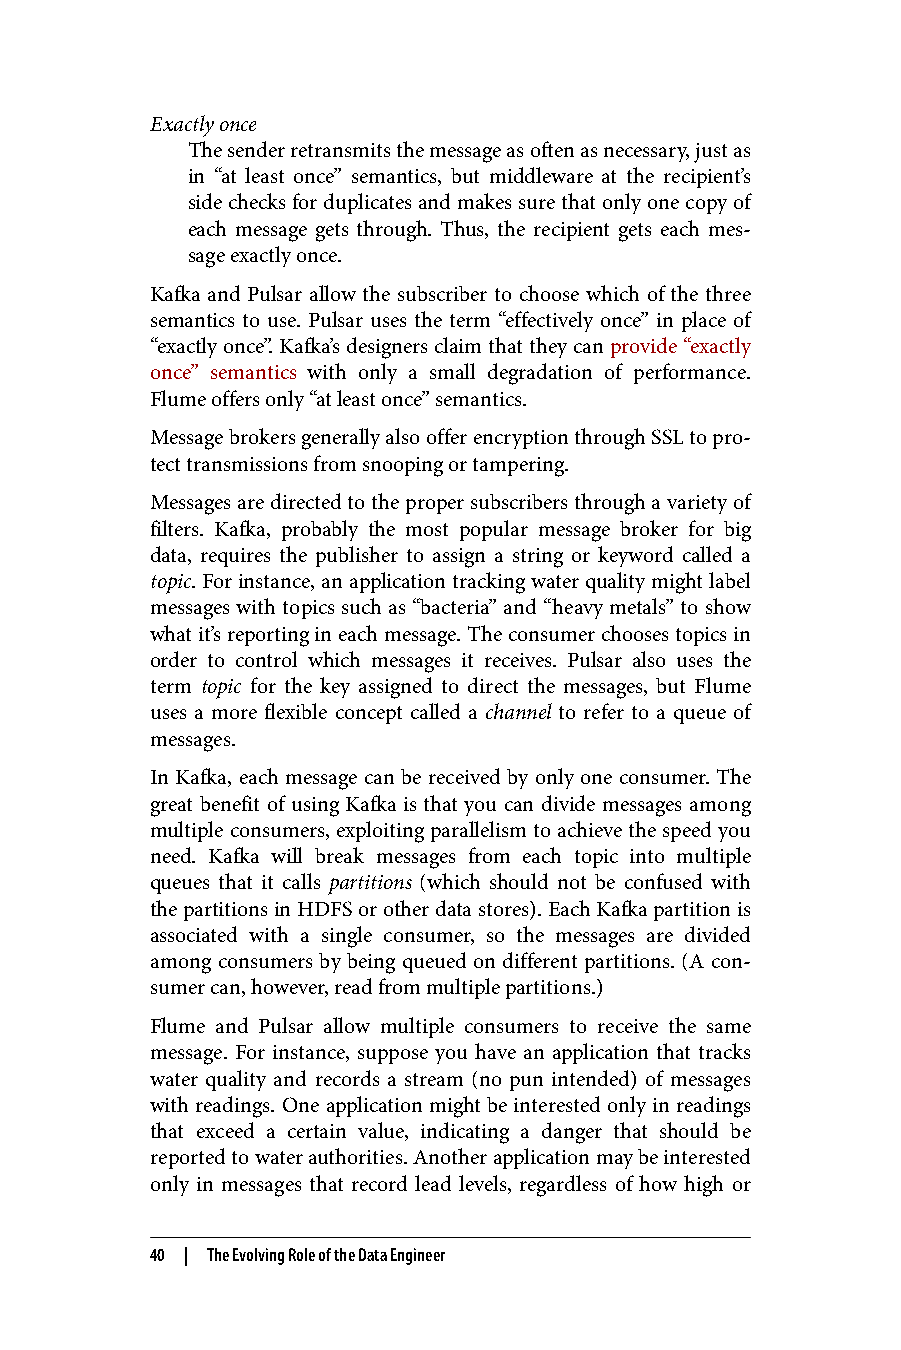
Exactly once
 The sender retransmits the message as often as necessary, just as
 in “at least once” semantics, but middleware at the recipient’s
 side checks for duplicates and makes sure that only one copy of
 each message gets through. Thus, the recipient gets each mes‐
 sage exactly once.
 Kafka and Pulsar allow the subscriber to choose which of the three
 semantics to use. Pulsar uses the term “effectively once” in place of
 “exactly once”. Kafka’s designers claim that they can provide “exactly
 once” semantics with only a small degradation of performance.
 Flume offers only “at least once” semantics.
 Message brokers generally also offer encryption through SSL to pro‐
 tect transmissions from snooping or tampering.
 Messages are directed to the proper subscribers through a variety of
 filters. Kafka, probably the most popular message broker for big
 data, requires the publisher to assign a string or keyword called a
 topic. For instance, an application tracking water quality might label
 messages with topics such as “bacteria” and “heavy metals” to show
 what it’s reporting in each message. The consumer chooses topics in
 order to control which messages it receives. Pulsar also uses the
 term topic for the key assigned to direct the messages, but Flume
 uses a more flexible concept called a channel to refer to a queue of
 messages.
 In Kafka, each message can be received by only one consumer. The
 great benefit of using Kafka is that you can divide messages among
 multiple consumers, exploiting parallelism to achieve the speed you
 need. Kafka will break messages from each topic into multiple
 queues that it calls partitions (which should not be confused with
 the partitions in HDFS or other data stores). Each Kafka partition is
 associated with a single consumer, so the messages are divided
 among consumers by being queued on different partitions. (A con‐
 sumer can, however, read from multiple partitions.)
 Flume and Pulsar allow multiple consumers to receive the same
 message. For instance, suppose you have an application that tracks
 water quality and records a stream (no pun intended) of messages
 with readings. One application might be interested only in readings
 that exceed a certain value, indicating a danger that should be
 reported to water authorities. Another application may be interested
 only in messages that record lead levels, regardless of how high or
 40 | The Evolving Role of the Data Engineer